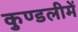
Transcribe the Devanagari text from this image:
कुण्डलीमें